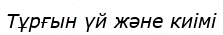
Тұрғын үй және киімі